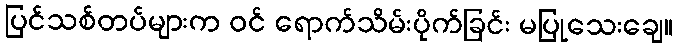
ပြင်သစ်တပ်များက ဝင် ရောက်သိမ်းပိုက်ခြင်း မပြုသေးချေ။